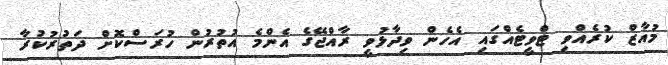
މުއާޒް ކުރެއްވި ޓްވީޓެއްގައި އެހެން ވިދާޅުވީ ރާއްޖޭގެ އެންމެ އުތުރުން ހުރަސްކޮށް ދަތުރުކުރާ